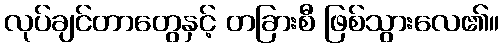
လုပ်ချင်တာတွေနှင့် တခြားစီ ဖြစ်သွားလေ၏။